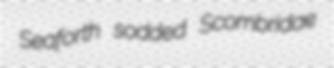
Seaforth sodded Scombridae